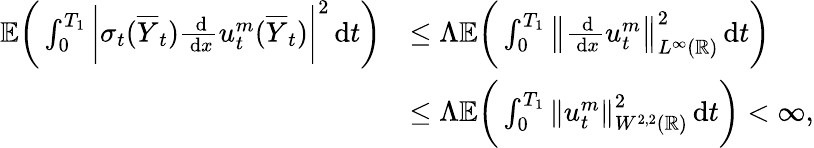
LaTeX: \begin{array}{rl}{\mathbb{E}\bigg(\int_{0}^{T_{1}}\bigg|\sigma_{t}(\overline{{Y}}_{t})\frac{\, \mathrm{d}}{\, \mathrm{d}x}u_{t}^{m}(\overline{{Y}}_{t})\bigg|^{2}\, \mathrm{d}t\bigg)}&{\le\Lambda\mathbb{E}\bigg(\int_{0}^{T_{1}}\left\lVert\frac{\, \mathrm{d}}{\, \mathrm{d}x}u_{t}^{m}\right\rVert_{L^{\infty}(\mathbb{R})}^{2}\, \mathrm{d}t\bigg)}\\ &{\le\Lambda\mathbb{E}\bigg(\int_{0}^{T_{1}}\left\lVert u_{t}^{m}\right\rVert_{W^{2,2}(\mathbb{R})}^{2}\, \mathrm{d}t\bigg)<\infty,}\end{array}